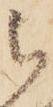
被